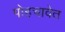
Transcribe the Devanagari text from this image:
पोहचावेत